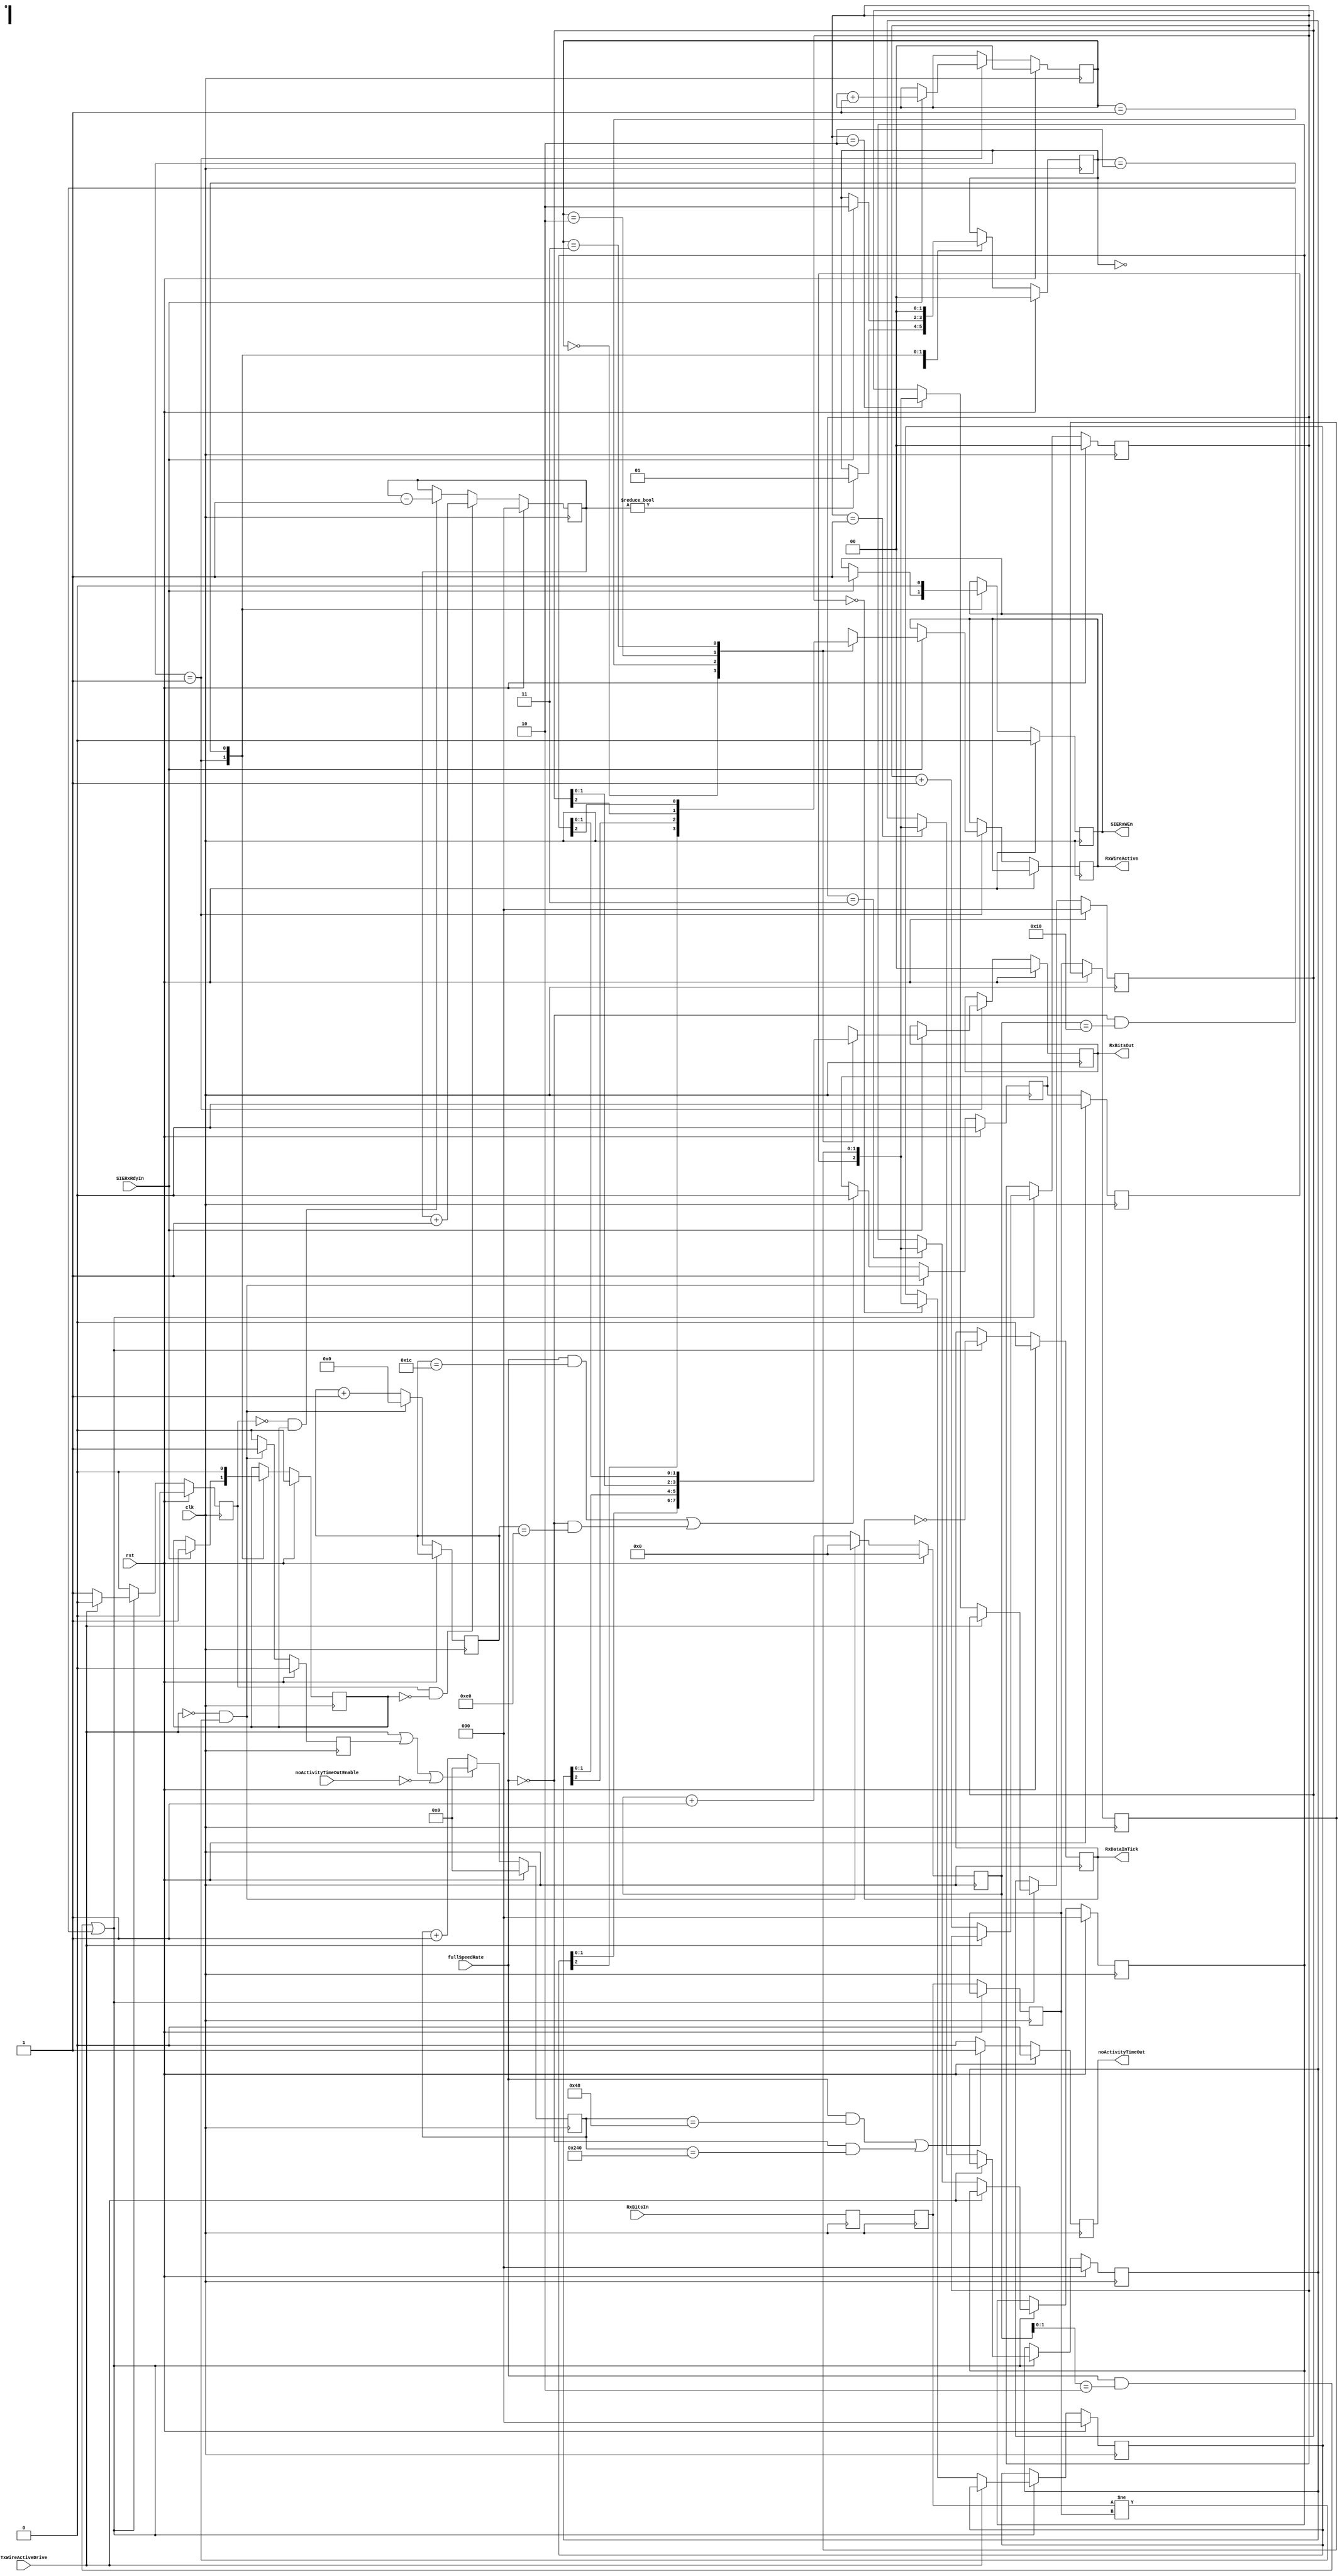
module readUSBWireData (
	input		[1:0]	RxBitsIn,
	output	reg			RxDataInTick,
	input				SIERxRdyIn,
	input				clk,
	input				fullSpeedRate,
	input				rst,
	input				TxWireActiveDrive,
	output	reg	[1:0]	RxBitsOut,
	output	reg			SIERxWEn,
	output	reg			noActivityTimeOut,
	output	reg			RxWireActive,
	input				noActivityTimeOutEnable
);

	reg		[2:0]	buffer0;
	reg		[2:0]	buffer1;
	reg		[2:0]	buffer2;
	reg		[2:0]	buffer3;
	reg		[2:0]	bufferCnt;
	reg		[1:0]	bufferInIndex;
	reg		[1:0]	bufferOutIndex;
	reg				decBufferCnt;
	reg		[4:0]	sampleCnt;
	reg				incBufferCnt;
	reg		[1:0]	oldRxBitsIn;
	reg		[1:0]	RxBitsInReg;
	reg		[15:0]	timeOutCnt;
	reg		[7:0]	rxActiveCnt;
	reg				RxWireEdgeDetect;
	reg				RxWireActiveReg;
	reg				RxWireActiveReg2;
	reg		[1:0]	RxBitsInSyncReg1;
	reg		[1:0]	RxBitsInSyncReg2;
	reg		[1:0]	bufferOutStMachCurrState;

	// re-synchronize incoming bits
	always@(posedge clk) begin
		RxBitsInSyncReg1 <= RxBitsIn;
		RxBitsInSyncReg2 <= RxBitsInSyncReg1;
	end

	always @(posedge clk) begin
		if(rst)								bufferCnt <= 3'b000;
		else if(incBufferCnt&~decBufferCnt)	bufferCnt <= bufferCnt + 1'b1;
		else if(~incBufferCnt&decBufferCnt)	bufferCnt <= bufferCnt - 1'b1;
		else								bufferCnt <= bufferCnt;
	end

	//Perform line rate clock recovery
	//Recover the wire data, and store data to buffer
	always@(posedge clk) begin
		if(rst) begin
			sampleCnt <= 5'b00000;
			incBufferCnt <= 1'b0;
			bufferInIndex <= 2'b00;
			buffer0 <= 3'b000;
			buffer1 <= 3'b000;
			buffer2 <= 3'b000;
			buffer3 <= 3'b000;
			RxDataInTick <= 1'b0;
			RxWireEdgeDetect <= 1'b0;
			RxWireActiveReg <= 1'b0;
			RxWireActiveReg2 <= 1'b0; end
		else begin
			RxWireActiveReg2 <= RxWireActiveReg; //Delay 'RxWireActiveReg' until after 'sampleCnt' has been reset
			RxBitsInReg <= RxBitsInSyncReg2;    
			oldRxBitsIn <= RxBitsInReg;
			incBufferCnt <= 1'b0;         //default value
			if(~TxWireActiveDrive & (RxBitsInSyncReg2!=RxBitsInReg)) begin  //if edge detected then
				sampleCnt <= 5'b00000;        
				RxWireEdgeDetect <= 1'b1;   // flag receive activity 
				RxWireActiveReg <= 1'b1;
				rxActiveCnt <= 8'h00; end
			else begin
				sampleCnt <= sampleCnt + 1'b1;
				RxWireEdgeDetect <= 1'b0;
				rxActiveCnt <= rxActiveCnt + 1'b1;
				//clear 'RxWireActiveReg' if no RX transitions for RX_EDGE_DET_TOUT USB bit periods 
				if( (fullSpeedRate&(rxActiveCnt=='d28)) | (~fullSpeedRate&(rxActiveCnt=='d224)) ) 
					RxWireActiveReg <= 1'b0;
			end
			if( (fullSpeedRate&(sampleCnt[1:0]==2'b10)) | (~fullSpeedRate&(sampleCnt==5'b10000)) ) begin
				RxDataInTick <= !RxDataInTick;
				if (TxWireActiveDrive != 1'b1) begin  //do not read wire data when transmitter is active
					incBufferCnt <= 1'b1;
					bufferInIndex <= bufferInIndex + 1'b1;
					case (bufferInIndex)
						2'b00 : buffer0 <= {RxWireActiveReg2, oldRxBitsIn}; 
						2'b01 : buffer1 <= {RxWireActiveReg2, oldRxBitsIn};
						2'b10 : buffer2 <= {RxWireActiveReg2, oldRxBitsIn};
						2'b11 : buffer3 <= {RxWireActiveReg2, oldRxBitsIn};
					endcase
				end
			end
		end
	end

	//read from buffer, and output to SIEReceiver
	always@(posedge clk) begin
		if(rst) begin
			decBufferCnt <= 1'b0;
			bufferOutIndex <= 2'b00;
			RxBitsOut <= 2'b00;
			SIERxWEn <= 1'b0;
			bufferOutStMachCurrState <= 2'd0; end
		else begin
			case (bufferOutStMachCurrState)
			2'd0: begin
				if(bufferCnt!=3'b000)	bufferOutStMachCurrState <= 2'd1;
			end
			2'd1: begin
				if(SIERxRdyIn) begin 
					SIERxWEn <= 1'b1;
					bufferOutStMachCurrState <= 2'd2;
					decBufferCnt <= 1'b1;
					bufferOutIndex <= bufferOutIndex + 1'b1;
					case (bufferOutIndex)
						2'b00 : begin RxBitsOut <= buffer0[1:0]; RxWireActive <= buffer0[2]; end
						2'b01 : begin RxBitsOut <= buffer1[1:0]; RxWireActive <= buffer1[2]; end
						2'b10 : begin RxBitsOut <= buffer2[1:0]; RxWireActive <= buffer2[2]; end
						2'b11 : begin RxBitsOut <= buffer3[1:0]; RxWireActive <= buffer3[2]; end
					endcase
				end
			end
			2'd2: begin
				SIERxWEn <= 1'b0;
				decBufferCnt <= 1'b0;
				bufferOutStMachCurrState <= 2'd0;
			end
		endcase
	end
	end

	//generate 'noActivityTimeOut' pulse if no tx or rx activity for RX_PACKET_TOUT USB bit periods
	//'noActivityTimeOut'  pulse can only be generated when the host or slave getPacket
	//process enables via 'noActivityTimeOutEnable' signal
	//'noActivityTimeOut' pulse is used by host and slave getPacket processes to determine if 
	//there has been a response time out.
	always@(posedge clk) begin
		if(rst) begin
			timeOutCnt <= 16'h0000;
			noActivityTimeOut <= 1'b0; end
		else begin
			if(TxWireActiveDrive|RxWireEdgeDetect|~noActivityTimeOutEnable)
					timeOutCnt <= 16'h0000;
			else	timeOutCnt <= timeOutCnt + 1'b1;
			if( (fullSpeedRate&(timeOutCnt==72)) | (~fullSpeedRate&(timeOutCnt==576)) ) 
					noActivityTimeOut <= 1'b1; 
			else	noActivityTimeOut <= 1'b0;
		end
	end

endmodule